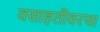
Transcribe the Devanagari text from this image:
वसाहतीवरचा